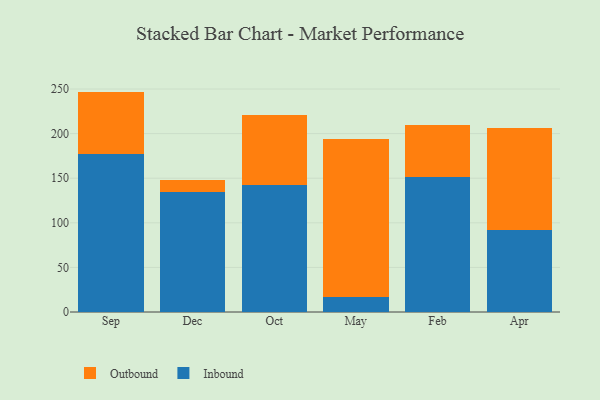
{"axis": {"x": "Month", "y": "Active Users"}, "legend": ["Inbound", "Outbound"], "data": [{"x": "Sep", "y": 177.5, "type": "Inbound"}, {"x": "Sep", "y": 69.6, "type": "Outbound"}, {"x": "Dec", "y": 134.5, "type": "Inbound"}, {"x": "Dec", "y": 13.5, "type": "Outbound"}, {"x": "Oct", "y": 142.5, "type": "Inbound"}, {"x": "Oct", "y": 78.4, "type": "Outbound"}, {"x": "May", "y": 17.3, "type": "Inbound"}, {"x": "May", "y": 176.5, "type": "Outbound"}, {"x": "Feb", "y": 150.9, "type": "Inbound"}, {"x": "Feb", "y": 58.8, "type": "Outbound"}, {"x": "Apr", "y": 91.4, "type": "Inbound"}, {"x": "Apr", "y": 115.3, "type": "Outbound"}]}